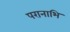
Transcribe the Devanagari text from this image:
परानाभि